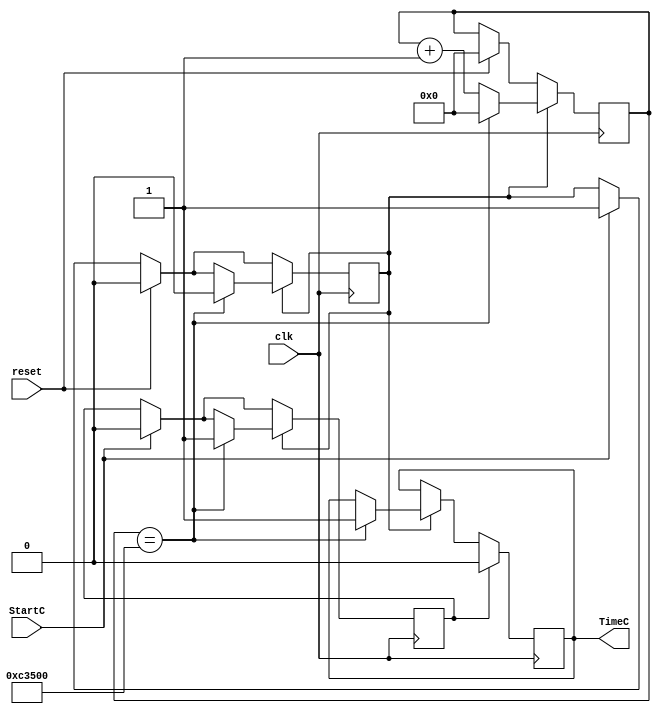
`timescale 1ns / 1ps
//////////////////////////////////////////////////////////////////////////////////
// Company: 
// Engineer: 
// 
// Design Name: 
// Module Name:    contador 
// Project Name: 
// Target Devices: 
// Tool versions: 
// Description: 
//
// Dependencies: 
//
// Revision: 
// Revision 0.01 - File Created
// Additional Comments: 
//
//////////////////////////////////////////////////////////////////////////////////
module msCounter(
    input clk,
    input StartC,
    input reset,
    output TimeC
);

reg timec=1'b0;	 
reg CountE=1'b0;
reg endcount=1'b0;
reg [23:0] 	contador= 0;
assign TimeC=timec;
always @(posedge clk)
begin
	if(StartC==1)
	begin
	CountE<=1'b1;
	endcount<=1'b0;
	end
	
	if(reset==1)
	begin
	contador<=1'b0;
	CountE<=1'b0;
	end	
	
	if(CountE==1'b1)
	begin
		contador <= contador + 1;
		if(contador == 800000)
		begin
			timec <= 1'b1; 
			contador <= 1'b0; 	//reset del contador 
			CountE<=1'b0;
			endcount<=1'b1;
		end
	end
	if (endcount==1'b1) timec <= 1'b0;
end
  

endmodule